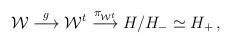
LaTeX: \begin{align*}{\cal W}\stackrel{g}{\longrightarrow}{\cal W}^t\stackrel{\pi_{{\cal W}^t}}{\longrightarrow}H/H_-\simeq H_+\,,\end{align*}